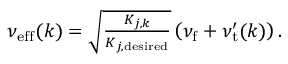
\begin{array} { r } { \nu _ { \mathrm { e f f } } ( k ) = \sqrt { \frac { K _ { j , \boldsymbol { k } } } { K _ { j , \mathrm { d e s i r e d } } } } \left( \nu _ { \mathrm { f } } + \nu _ { \mathrm { t } } ^ { \prime } ( k ) \right) . } \end{array}